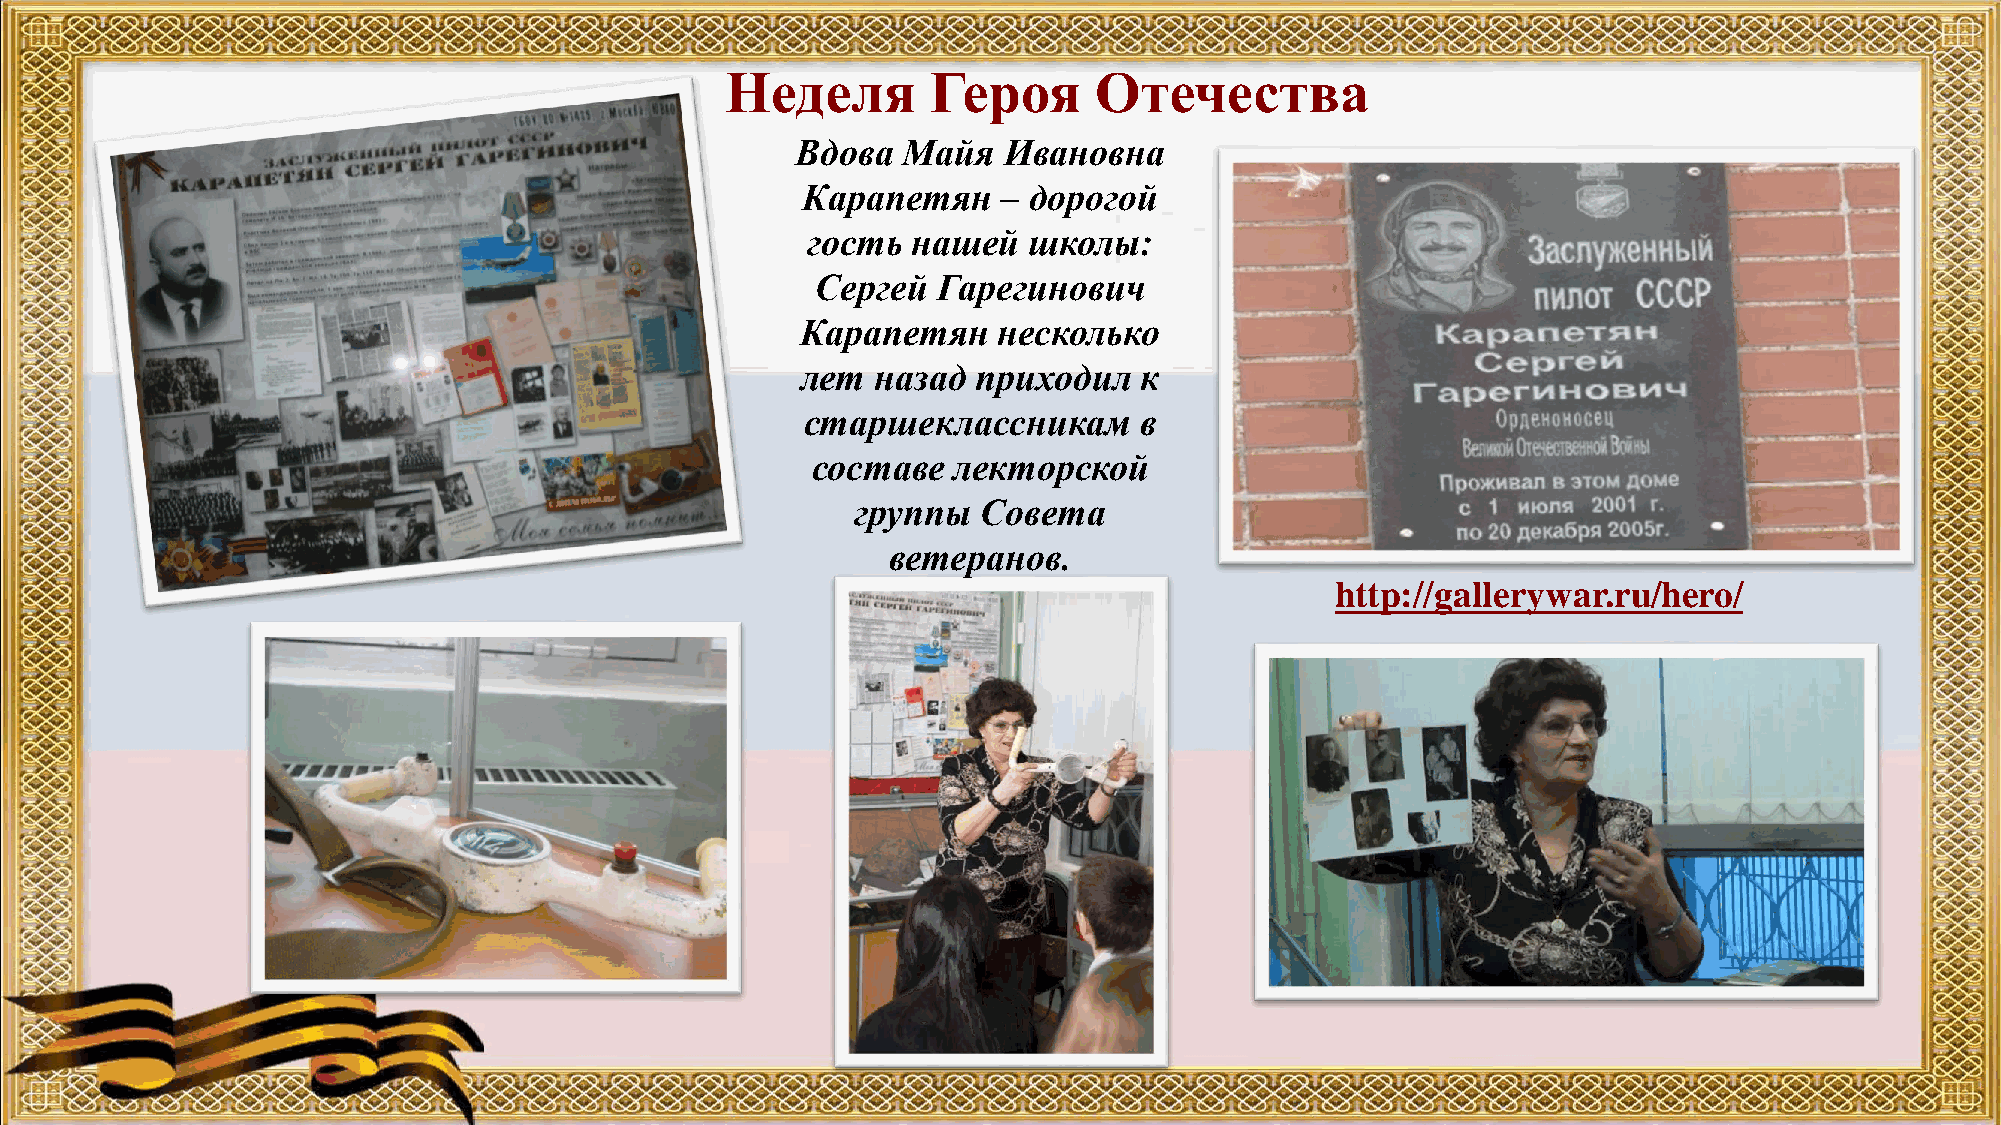
Неделя        Героя     Отечества
 Вдова  Майя  Ивановна
 Карапетян    – дорогой
 гость  нашей   школы:
 Сергей  Гарегинович
 Карапетян    несколько
 лет  назад  приходил  к
 старшеклассникам      в
 составе  лекторской
 группы  Совета
 ветеранов.
 http://gallerywar.ru/hero/